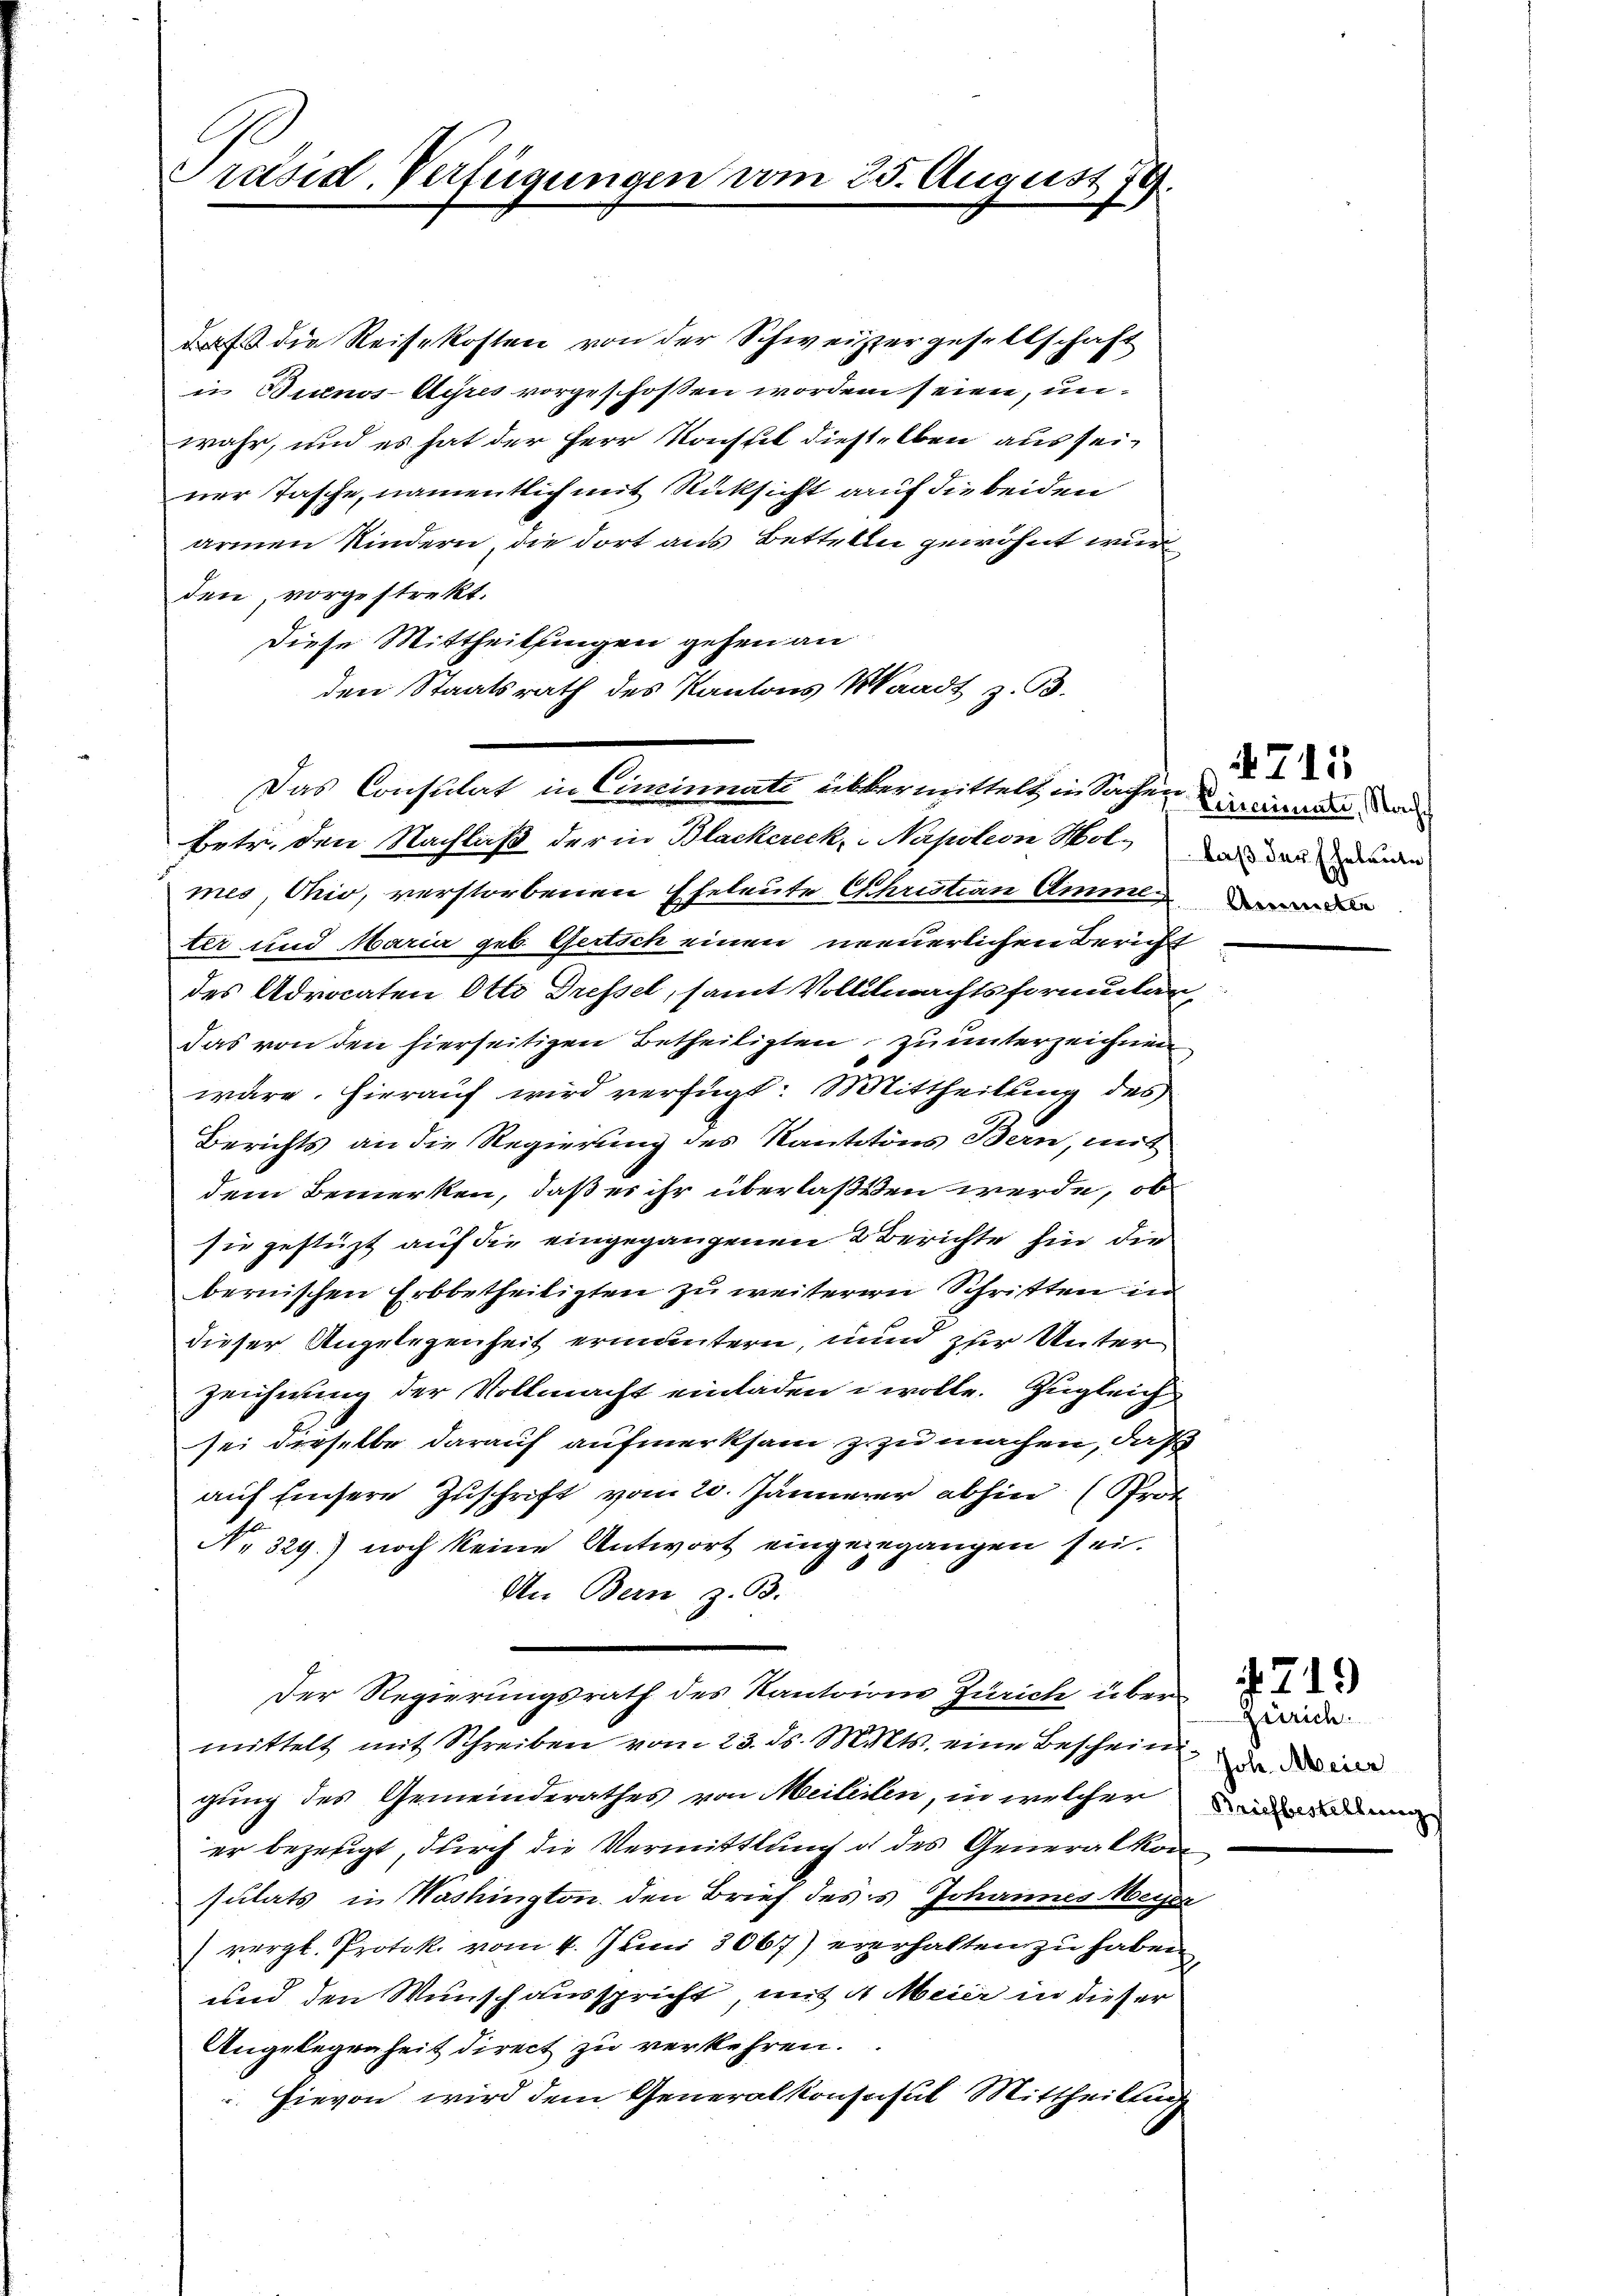
Präsid-Verfügungen vom 25. August 179.

a die Reisekosten von der Schweizzergesellschaft
in Buenos-Ayres vorgeschosen worden seien, unwahr, und es hat der Herr Konstet dieselben aus sei-
ner Tasche, namentlich mit Rücksicht auf die beiden
armen Kindern, die dort aus Betteln gewöhnt wurden, vorgestrekt.
Diese Mittheilungen gehen an
betr. den Nachlaß der in Blackereck, Napoleon Holmes, Ohio, verstorbenen Eheleute Christian Amml
ter und Maria geb. Gertsch einen neuerlichen Bericht
des Advocaten Otto Dressel, samt Vollmachtsformutan
das von den hierseitigen Betheiligten zu unterzeichnen
wäre. Hierauf wird verfügt: Mittheilung des
Berichts an die Regierung des Kantitons Bern, mit
dem Bemerken, daß es ihr überlaßeten werde, ob
sie gestüzt auf die eingegangenen Berichte hin die
bernischen Erbbetheiligten zu weiteren Schritten in
dieser Angelegenheit ermuntern, und zur Unter
zeichnung der Vollmacht einladen wolle. Zugleich
sei dieselbe darauf aufmerksam z zu machen, daß
auf Einsere Zuschrift vom 20. Jännerer abhin (Prot
No. 329.) noch keine Antwort eingegegangen sei.
An Bern, z. B.
Der Regierungsrath des Kantoiren Zürich über
mittelt mit Schreiben vom 23. ds. Mts. eine Bescheine
gung des Gemeinderathes von Meileilen, in welcher
er bezeugt, durch die Vermittlung d des Generalkon
sulats in Washington den Brief des Johannes Weyer
(vergl. Protok. vom 4. Juni 8067) ererhalten zu haben
und den Wunsch ausspricht, mit ds Meier in dieser
Angelegenheit direct zu verkehren.
 Hievon wird dem Generalkonsusul Mittheilung

den Staatsrath des Kantons Waadt z. B.
Das Consulat in Cincinnate übermittelt in Sachen einen

4711
laß der Ehebaute,

Zürich
Joh. Meier
Briefbestellung